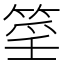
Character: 𥮍